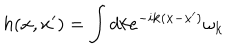
LaTeX: h ( { \bf x } , { \bf x } ^ { \prime } ) = \int d k e ^ { - i { \bf k } ( { \bf x } - { \bf x } ^ { \prime } ) } \omega _ { \bf k }